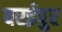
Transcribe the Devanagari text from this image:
बरईपुर